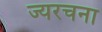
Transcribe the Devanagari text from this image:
ज्यरचना